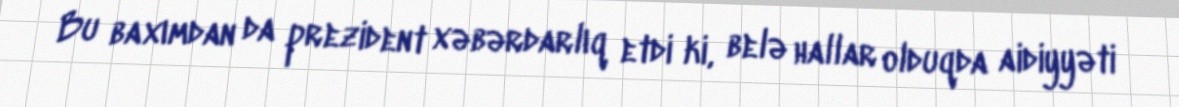
Bu baxımdan da prezident xəbərdarlıq etdi ki, belə hallar olduqda aidiyyəti